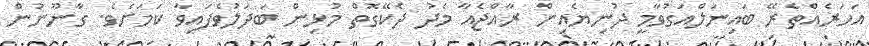
އަހަރެއްތެރޭ ބައިނަލްއަގުވާމީ ދުނިޔެއިން ރާއްޖެއާ މެދު ދެކޭގޮތް މުޅިން ބަދަލުވެފައިވާ ކަމަށެވެ. ގާނޫނުން